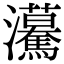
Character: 𤅠